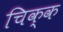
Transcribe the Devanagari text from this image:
चिक्क